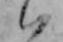
ハ